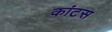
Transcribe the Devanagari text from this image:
कांटस